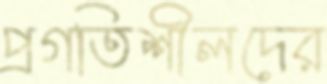
প্রগতিশীলদের